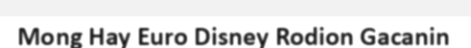
Mong Hay Euro Disney Rodion Gacanin